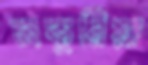
চাকুরিয়া